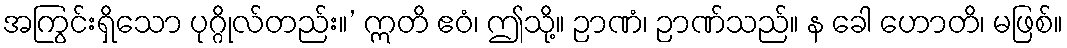
အကြွင်းရှိသော ပုဂ္ဂိုလ်တည်း။’ ဣတိ ဧဝံ၊ ဤသို့။ ဉာဏံ၊ ဉာဏ်သည်။ န ခေါ ဟောတိ၊ မဖြစ်။